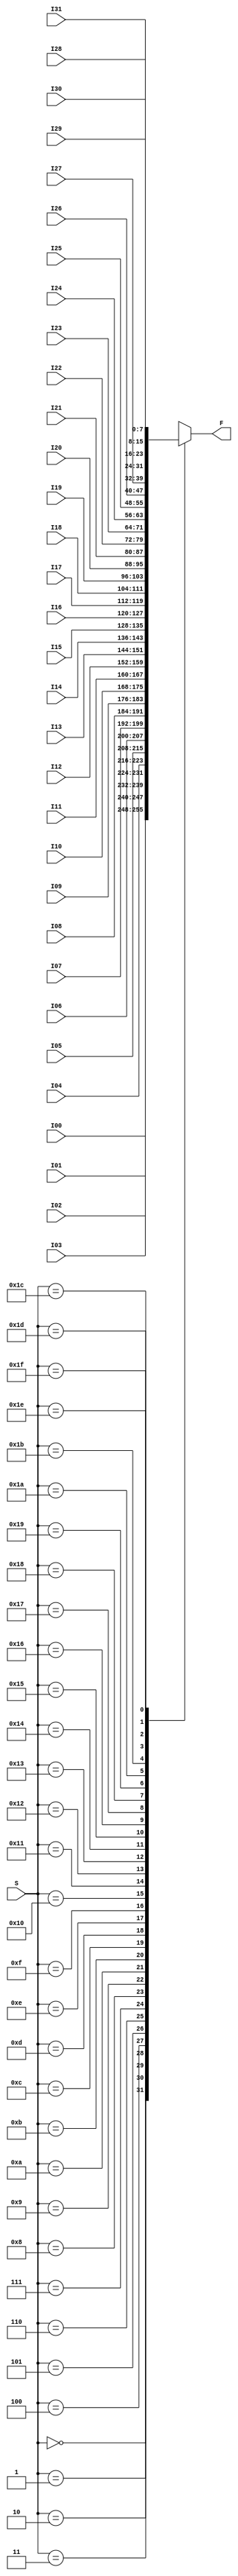
module Mux32to1Nbit(S, I00, I01, I02, I03, I04, I05, I06, I07, I08, I09, I10, I11, I12, I13, I14, I15, I16, I17, I18, I19, I20, I21, I22, I23, I24, I25, I26, I27, I28, I29, I30, I31, F);
	parameter N = 8;
	
	input [4:0] S; //5b select
	input [N-1:0] I00, I01, I02, I03, I04, I05, I06, I07, I08, I09, I10, I11, I12, I13, I14, I15, I16, I17, I18, I19, I20, I21, I22, I23, I24, I25, I26, I27, I28, I29, I30, I31; //Nb inputs
	
	output reg [N-1:0] F; //Nb output
	
	always @(*) begin
		case(S)
			5'b00000: F <= I00; //pass selected input specified by select
			5'b00001: F <= I01;
			5'b00010: F <= I02;
			5'b00011: F <= I03;
			5'b00100: F <= I04;
			5'b00101: F <= I05;
			5'b00110: F <= I06;
			5'b00111: F <= I07;
			5'b01000: F <= I08;
			5'b01001: F <= I09;
			5'b01010: F <= I10;
			5'b01011: F <= I11;
			5'b01100: F <= I12;
			5'b01101: F <= I13;
			5'b01110: F <= I14;
			5'b01111: F <= I15;
			5'b10000: F <= I16;
			5'b10001: F <= I17;
			5'b10010: F <= I18;
			5'b10011: F <= I19;
			5'b10100: F <= I20;
			5'b10101: F <= I21;
			5'b10110: F <= I22;
			5'b10111: F <= I23;
			5'b11000: F <= I24;
			5'b11001: F <= I25;
			5'b11010: F <= I26;
			5'b11011: F <= I27;
			5'b11100: F <= I28;
			5'b11101: F <= I29;
			5'b11110: F <= I30;
			5'b11111: F <= I31;
		endcase
	end
	
endmodule